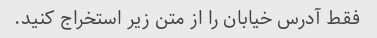
فقط آدرس خیابان را از متن زیر استخراج کنید.